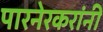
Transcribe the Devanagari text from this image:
पारनेरकरांनी